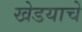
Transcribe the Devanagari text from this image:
खेडयाचे